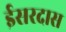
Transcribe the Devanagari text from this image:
ईसरदास